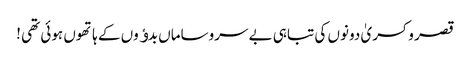
قصر و کسریٰ دونوں کی تباہی بے سروساماں بدﺅوں کے ہاتھوں ہوئی تھی !